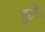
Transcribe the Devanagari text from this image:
घुटने।